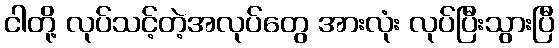
ငါတို့ လုပ်သင့်တဲ့အလုပ်တွေ အားလုံး လုပ်ပြီးသွားပြီ